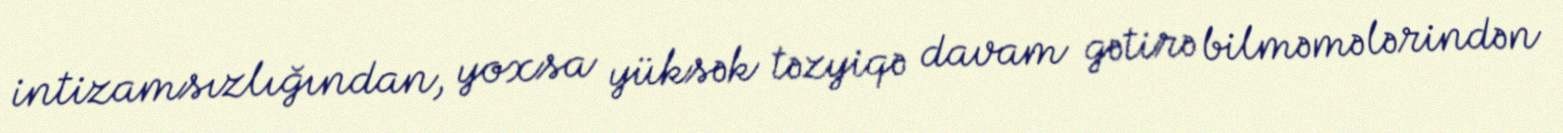
intizamsızlığından, yoxsa yüksək təzyiqə davam gətirə bilməmələrindən